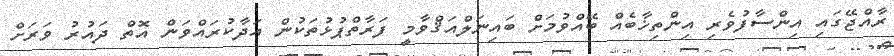
ރާއްޖޭގައި އިންސާފުވެރި އިންތިޚާބެއް ބޭއްވުމަށް ބައިނަލްއަޤްވާމީ ފަރާތްޕުޅުތަކުން އަދާކުރައްވަން އޮތް ދައުރު ވަރަށް